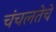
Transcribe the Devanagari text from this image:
चंचलतेचे